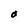
Character: O